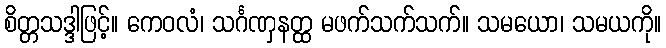
စိတ္တသဒ္ဒါဖြင့်။ ကေဝလံ၊ သင်္ဂဏှနတ္ထ မဖက်သက်သက်။ သမယော၊ သမယကို။